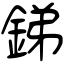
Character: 銻